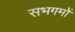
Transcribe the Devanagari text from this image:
सभगमों